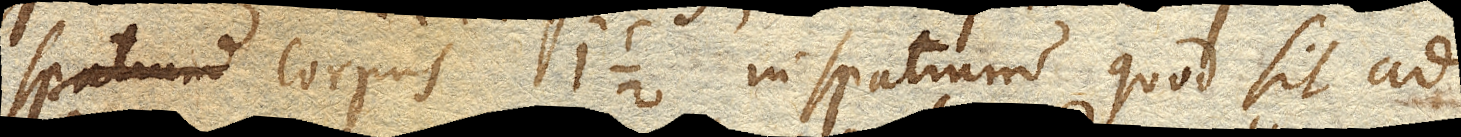
spatium corpus 1 ½￼ in spatium quod sit ad